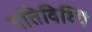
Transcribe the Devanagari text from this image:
गतिविध्यिं